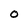
Character: O